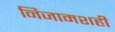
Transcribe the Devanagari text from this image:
निजामशही